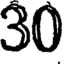
30